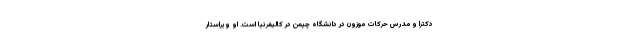
دکترا و مدرس حرکات موزون در دانشگاه چپمن در کالیفرنیا است. او ویراستار